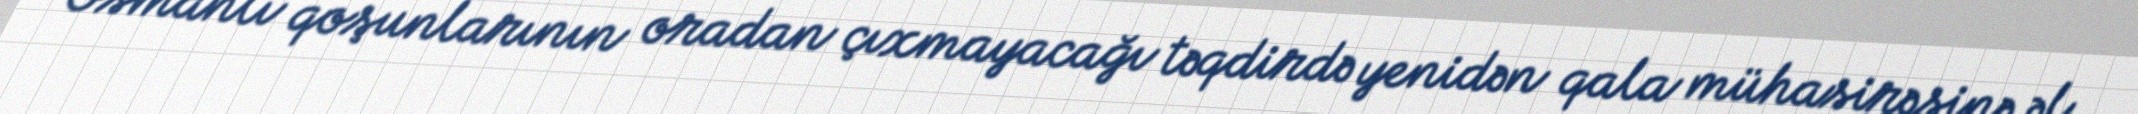
Osmanlı qoşunlarının oradan çıxmayacağı təqdirdə yenidən qala mühasirəsinə əl